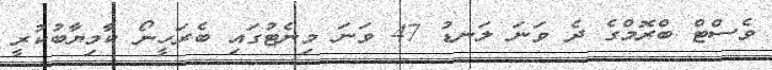
ވެސްޓް ބްރޮމްގެ ދެ ވަނަ ލަނޑު 47 ވަނަ މިނެޓުގައި ބެރަހީނޯ ކާމިޔާބުކުރީ